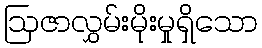
ဩဇာလွှမ်းမိုးမှုရှိသော